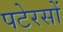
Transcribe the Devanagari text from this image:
पटेरसों